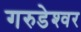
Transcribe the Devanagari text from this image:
गरुडेश्‍वर